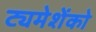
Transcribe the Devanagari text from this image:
ट्यमेशेंको